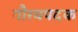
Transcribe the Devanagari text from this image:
गौरवपदक